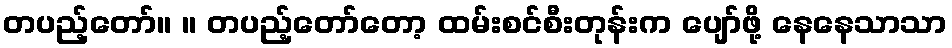
တပည့်တော်။ ။ တပည့်တော်တော့ ထမ်းစင်စီးတုန်းက ပျော်ဖို့ နေနေသာသာ